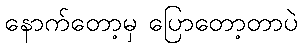
နောက်တော့မှ ပြောတော့တာပဲ